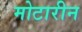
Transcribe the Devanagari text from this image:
मोटारीन